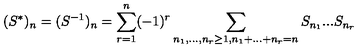
( S ^ { * } ) _ { n } = ( S ^ { - 1 } ) _ { n } = \sum _ { r = 1 } ^ { n } ( - 1 ) ^ { r } \sum _ { n _ { 1 } , . . . , n _ { r } \geq 1 , n _ { 1 } + . . . + n _ { r } = n } S _ { n _ { 1 } } . . . S _ { n _ { r } }